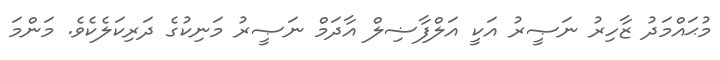
މުޙައްމަދު ޒާހިރު ނަޞީރު އަކީ އަލްފާޟިލް އާދަމް ނަޞީރު މަނިކުގެ ދަރިކަލެކެވެ. މަންމަ